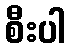
စီးပါ